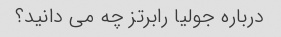
درباره جولیا رابرتز چه می دانید؟